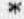
*